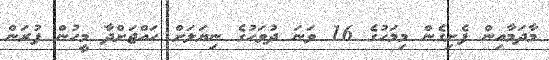
މާދަމާއިން ފެށިގެން މިމަހުގެ 16 ވަނަ ދުވަހުގެ ނިޔަލަށް ހައްޖަށްދާ މީހުން ފުރަން